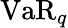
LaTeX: \operatorname{VaR}_{q}